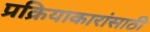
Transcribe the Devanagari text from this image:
प्रक्रियाकारांसाठी